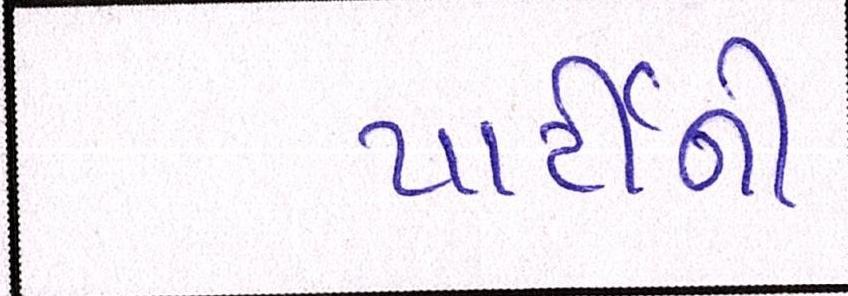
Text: પાર્ટીની